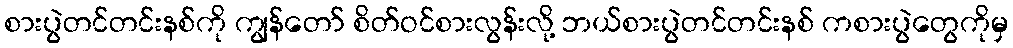
စားပွဲတင်တင်းနစ်ကို ကျွန်တော် စိတ်ဝင်စားလွန်းလို့ ဘယ်စားပွဲတင်တင်းနစ် ကစားပွဲတွေကိုမှ